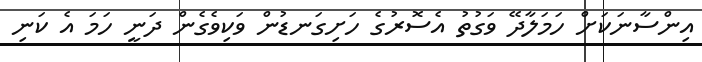
އިންސާނަކަށް ހަމަލާދޭ ވަގުތު އެސޮރުގެ ހަށިގަނޑުން ވަކިވެގެން ދަނީ ހަމަ އެ ކަނި